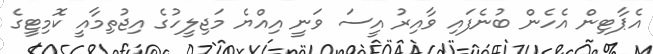
އެޕާޓިން އެހެން ބުނެފައި ވާއިރު އީސަ ވަނީ އިއްޔެ މަޖިލީހުގެ އިޖުތިމާއީ ކޮމިޓީގެ